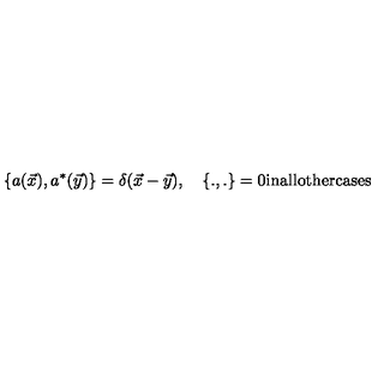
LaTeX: \left\{ a ( \vec { x } ) , a ^ { * } ( \vec { y } ) \right\} = \delta ( \vec { x } - \vec { y } ) , \quad \left\{ . , . \right\} = 0 \mathrm { i n a l l o t h e r c a s e s }